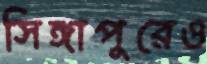
সিঙ্গাপুরেও